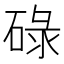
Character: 碌